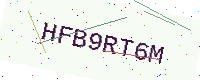
Text: HFB9RT6M